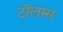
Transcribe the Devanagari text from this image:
टॉलमर